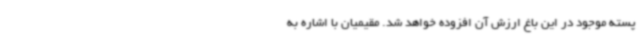
پسته موجود در این باغ ارزش آن افزوده خواهد شد. مقیمیان با اشاره به